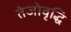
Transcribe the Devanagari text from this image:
तेजोवृद्धि